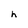
Character: h